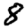
Digit: 8